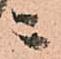
ニ